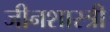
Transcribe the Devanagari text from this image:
जीनशास्त्री